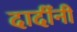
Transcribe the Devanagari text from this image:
दादींनी